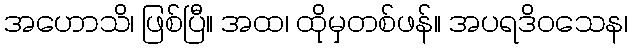
အဟောသိ၊ ဖြစ်ပြီ။ အထ၊ ထိုမှတစ်ဖန်။ အပရဒိဝသေန၊